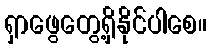
ရှာဖွေတွေ့ရှိနိုင်ပါစေ။